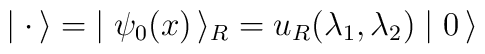
\mid  {\bf \cdot} \, \rangle = \; \mid \psi_0(x)\, \rangle_R = u_R(\lambda_1, \lambda_2) \mid 0 \, \rangle